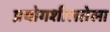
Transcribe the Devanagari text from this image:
प्रयोगशीलतेला